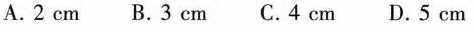
A. 2 cm B. 3 cm C. 4 cm D. 5 cm